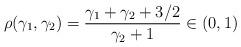
LaTeX: \begin{align*}\rho(\gamma_1,\gamma_2)=\frac{\gamma_1+\gamma_2+3/2}{\gamma_2+1}\in (0,1)\end{align*}